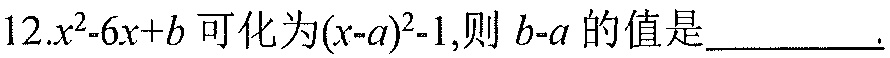
12.\(x^{2}-6x + b\)可化为\((x - a)^{2}-1\)，则\(b - a\)的值是\(\underline{\quad\quad}\).